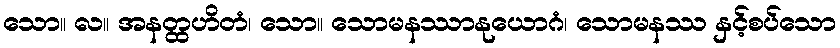
သော။ လ။ အနတ္ထဟိတံ၊ သော။ သောမနဿာနုယောဂံ၊ သောမနဿ နှင့်စပ်သော